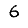
Digit: 6